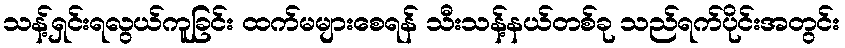
သန့်ရှင်းရလွယ်ကူခြင်း ထက်မများစေရန် သီးသန့်နယ်တစ်ခု သည်ရက်ပိုင်းအတွင်း